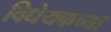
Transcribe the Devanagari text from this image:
विधेयकच्या